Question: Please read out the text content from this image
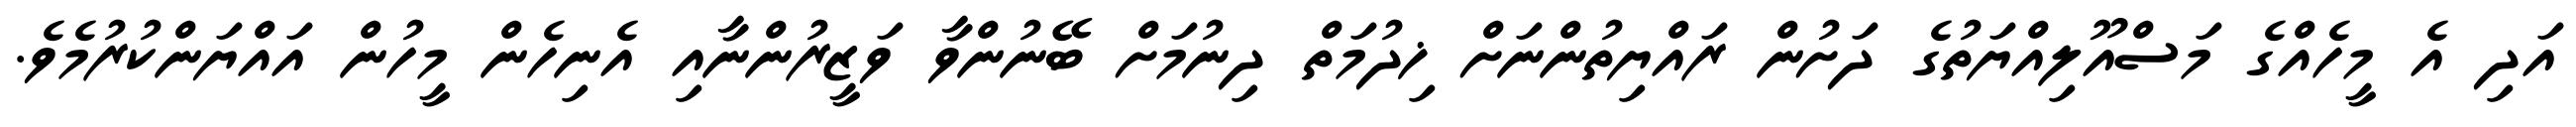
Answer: އަދި އެ މީހެއްގެ މަސްއޫލިއްޔަތުގެ ދަށުން ރައްޔިތުންނަށް ޚިދުމަތް ދިނުމަށް ބޭނުންވާ ވަޒީރުންނާއި އެނިހެން މީހުން އައްޔަންކުރުމެވެ.